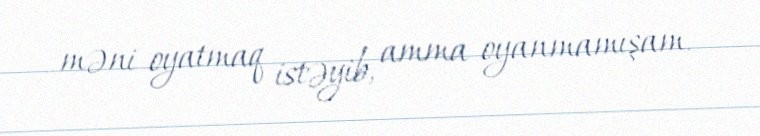
məni oyatmaq istəyib, amma oyanmamışam.